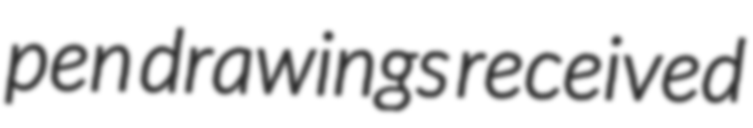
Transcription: pen drawings received